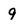
Character: 9